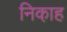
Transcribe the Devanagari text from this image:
निका़ह